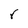
Character: r